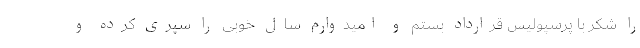
را شکر با پرسپولیس قرارداد بستم و امیدوارم سال خوبی را سپری کرده و